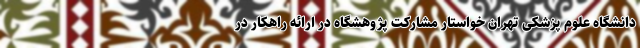
دانشگاه علوم پزشکی تهران خواستار مشارکت پژوهشگاه در ارائه راهکار در